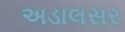
અડાલસર